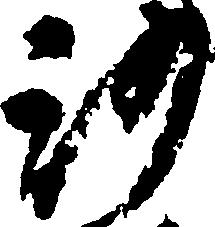
沙